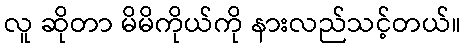
လူ ဆိုတာ မိမိကိုယ်ကို နားလည်သင့်တယ်။